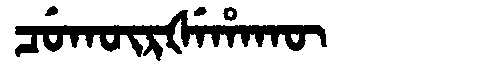
Manchu: ᠴᡠᡴᡡᡵᡧᡝᡥᠠᡴᡡ
Romanization: CUKŪRŠEHAKŪ